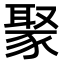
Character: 𬥁